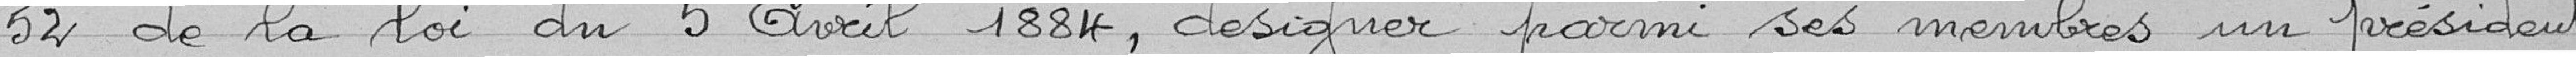
52 de la loi du 5 Avril 1884, désigner parmi ses membres un président